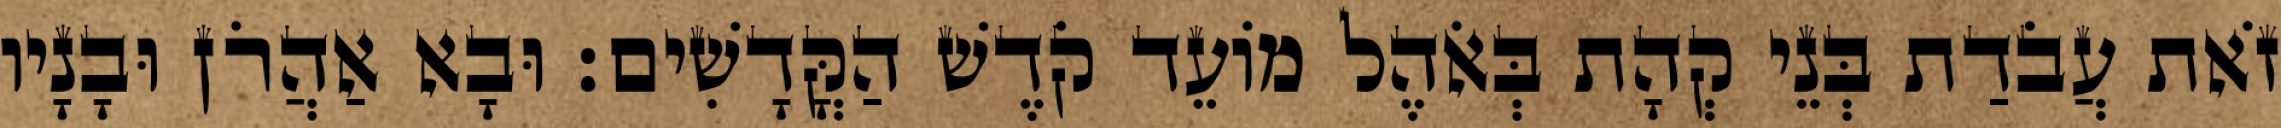
זֹאת עֲבֹדַת בְּנֵי קְהָת בְּאֹהֶל מוֹעֵד קֹדֶשׁ הַקֳּדָשִׁים׃ וּבָא אַהֲרֹן וּבָנָיו